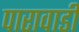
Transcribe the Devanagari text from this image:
पारावाडी